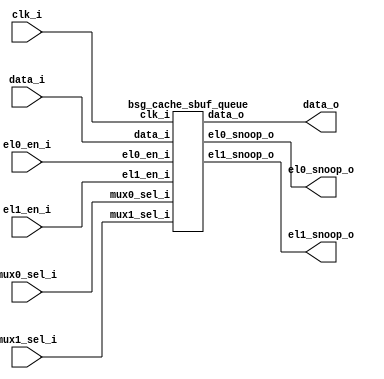
// This program was cloned from: https://github.com/chipsalliance/synlig
// License: Apache License 2.0



module top
(
  clk_i,
  data_i,
  el0_en_i,
  el1_en_i,
  mux0_sel_i,
  mux1_sel_i,
  el0_snoop_o,
  el1_snoop_o,
  data_o
);

  input [15:0] data_i;
  output [15:0] el0_snoop_o;
  output [15:0] el1_snoop_o;
  output [15:0] data_o;
  input clk_i;
  input el0_en_i;
  input el1_en_i;
  input mux0_sel_i;
  input mux1_sel_i;

  bsg_cache_sbuf_queue
  wrapper
  (
    .data_i(data_i),
    .el0_snoop_o(el0_snoop_o),
    .el1_snoop_o(el1_snoop_o),
    .data_o(data_o),
    .clk_i(clk_i),
    .el0_en_i(el0_en_i),
    .el1_en_i(el1_en_i),
    .mux0_sel_i(mux0_sel_i),
    .mux1_sel_i(mux1_sel_i)
  );


endmodule



module bsg_cache_sbuf_queue
(
  clk_i,
  data_i,
  el0_en_i,
  el1_en_i,
  mux0_sel_i,
  mux1_sel_i,
  el0_snoop_o,
  el1_snoop_o,
  data_o
);

  input [15:0] data_i;
  output [15:0] el0_snoop_o;
  output [15:0] el1_snoop_o;
  output [15:0] data_o;
  input clk_i;
  input el0_en_i;
  input el1_en_i;
  input mux0_sel_i;
  input mux1_sel_i;
  wire [15:0] el0_snoop_o,el1_snoop_o,data_o;
  wire N0,N1,N2,N3,N4,N5,N6,N7,N8,N9,N10,N11,N12,N13,N14,N15,N16,N17,N18,N19,N20,N21;
  reg el0_snoop_o_15_sv2v_reg,el0_snoop_o_14_sv2v_reg,el0_snoop_o_13_sv2v_reg,
  el0_snoop_o_12_sv2v_reg,el0_snoop_o_11_sv2v_reg,el0_snoop_o_10_sv2v_reg,
  el0_snoop_o_9_sv2v_reg,el0_snoop_o_8_sv2v_reg,el0_snoop_o_7_sv2v_reg,el0_snoop_o_6_sv2v_reg,
  el0_snoop_o_5_sv2v_reg,el0_snoop_o_4_sv2v_reg,el0_snoop_o_3_sv2v_reg,
  el0_snoop_o_2_sv2v_reg,el0_snoop_o_1_sv2v_reg,el0_snoop_o_0_sv2v_reg,el1_snoop_o_15_sv2v_reg,
  el1_snoop_o_14_sv2v_reg,el1_snoop_o_13_sv2v_reg,el1_snoop_o_12_sv2v_reg,
  el1_snoop_o_11_sv2v_reg,el1_snoop_o_10_sv2v_reg,el1_snoop_o_9_sv2v_reg,
  el1_snoop_o_8_sv2v_reg,el1_snoop_o_7_sv2v_reg,el1_snoop_o_6_sv2v_reg,el1_snoop_o_5_sv2v_reg,
  el1_snoop_o_4_sv2v_reg,el1_snoop_o_3_sv2v_reg,el1_snoop_o_2_sv2v_reg,
  el1_snoop_o_1_sv2v_reg,el1_snoop_o_0_sv2v_reg;
  assign el0_snoop_o[15] = el0_snoop_o_15_sv2v_reg;
  assign el0_snoop_o[14] = el0_snoop_o_14_sv2v_reg;
  assign el0_snoop_o[13] = el0_snoop_o_13_sv2v_reg;
  assign el0_snoop_o[12] = el0_snoop_o_12_sv2v_reg;
  assign el0_snoop_o[11] = el0_snoop_o_11_sv2v_reg;
  assign el0_snoop_o[10] = el0_snoop_o_10_sv2v_reg;
  assign el0_snoop_o[9] = el0_snoop_o_9_sv2v_reg;
  assign el0_snoop_o[8] = el0_snoop_o_8_sv2v_reg;
  assign el0_snoop_o[7] = el0_snoop_o_7_sv2v_reg;
  assign el0_snoop_o[6] = el0_snoop_o_6_sv2v_reg;
  assign el0_snoop_o[5] = el0_snoop_o_5_sv2v_reg;
  assign el0_snoop_o[4] = el0_snoop_o_4_sv2v_reg;
  assign el0_snoop_o[3] = el0_snoop_o_3_sv2v_reg;
  assign el0_snoop_o[2] = el0_snoop_o_2_sv2v_reg;
  assign el0_snoop_o[1] = el0_snoop_o_1_sv2v_reg;
  assign el0_snoop_o[0] = el0_snoop_o_0_sv2v_reg;
  assign el1_snoop_o[15] = el1_snoop_o_15_sv2v_reg;
  assign el1_snoop_o[14] = el1_snoop_o_14_sv2v_reg;
  assign el1_snoop_o[13] = el1_snoop_o_13_sv2v_reg;
  assign el1_snoop_o[12] = el1_snoop_o_12_sv2v_reg;
  assign el1_snoop_o[11] = el1_snoop_o_11_sv2v_reg;
  assign el1_snoop_o[10] = el1_snoop_o_10_sv2v_reg;
  assign el1_snoop_o[9] = el1_snoop_o_9_sv2v_reg;
  assign el1_snoop_o[8] = el1_snoop_o_8_sv2v_reg;
  assign el1_snoop_o[7] = el1_snoop_o_7_sv2v_reg;
  assign el1_snoop_o[6] = el1_snoop_o_6_sv2v_reg;
  assign el1_snoop_o[5] = el1_snoop_o_5_sv2v_reg;
  assign el1_snoop_o[4] = el1_snoop_o_4_sv2v_reg;
  assign el1_snoop_o[3] = el1_snoop_o_3_sv2v_reg;
  assign el1_snoop_o[2] = el1_snoop_o_2_sv2v_reg;
  assign el1_snoop_o[1] = el1_snoop_o_1_sv2v_reg;
  assign el1_snoop_o[0] = el1_snoop_o_0_sv2v_reg;
  assign { N20, N19, N18, N17, N16, N15, N14, N13, N12, N11, N10, N9, N8, N7, N6, N5 } = (N0)? el0_snoop_o : 
                                                                                         (N1)? data_i : 1'b0;
  assign N0 = mux0_sel_i;
  assign N1 = N4;
  assign data_o = (N2)? el1_snoop_o : 
                  (N3)? data_i : 1'b0;
  assign N2 = mux1_sel_i;
  assign N3 = N21;
  assign N4 = ~mux0_sel_i;
  assign N21 = ~mux1_sel_i;

  always @(posedge clk_i) begin
    if(el0_en_i) begin
      el0_snoop_o_15_sv2v_reg <= data_i[15];
      el0_snoop_o_14_sv2v_reg <= data_i[14];
      el0_snoop_o_13_sv2v_reg <= data_i[13];
      el0_snoop_o_12_sv2v_reg <= data_i[12];
      el0_snoop_o_11_sv2v_reg <= data_i[11];
      el0_snoop_o_10_sv2v_reg <= data_i[10];
      el0_snoop_o_9_sv2v_reg <= data_i[9];
      el0_snoop_o_8_sv2v_reg <= data_i[8];
      el0_snoop_o_7_sv2v_reg <= data_i[7];
      el0_snoop_o_6_sv2v_reg <= data_i[6];
      el0_snoop_o_5_sv2v_reg <= data_i[5];
      el0_snoop_o_4_sv2v_reg <= data_i[4];
      el0_snoop_o_3_sv2v_reg <= data_i[3];
      el0_snoop_o_2_sv2v_reg <= data_i[2];
      el0_snoop_o_1_sv2v_reg <= data_i[1];
      el0_snoop_o_0_sv2v_reg <= data_i[0];
    end 
    if(el1_en_i) begin
      el1_snoop_o_15_sv2v_reg <= N20;
      el1_snoop_o_14_sv2v_reg <= N19;
      el1_snoop_o_13_sv2v_reg <= N18;
      el1_snoop_o_12_sv2v_reg <= N17;
      el1_snoop_o_11_sv2v_reg <= N16;
      el1_snoop_o_10_sv2v_reg <= N15;
      el1_snoop_o_9_sv2v_reg <= N14;
      el1_snoop_o_8_sv2v_reg <= N13;
      el1_snoop_o_7_sv2v_reg <= N12;
      el1_snoop_o_6_sv2v_reg <= N11;
      el1_snoop_o_5_sv2v_reg <= N10;
      el1_snoop_o_4_sv2v_reg <= N9;
      el1_snoop_o_3_sv2v_reg <= N8;
      el1_snoop_o_2_sv2v_reg <= N7;
      el1_snoop_o_1_sv2v_reg <= N6;
      el1_snoop_o_0_sv2v_reg <= N5;
    end 
  end


endmodule